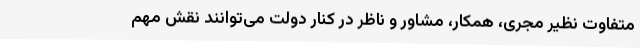
متفاوت نظیر مجری، همکار، مشاور و ناظر در کنار دولت می‌توانند نقش مهم